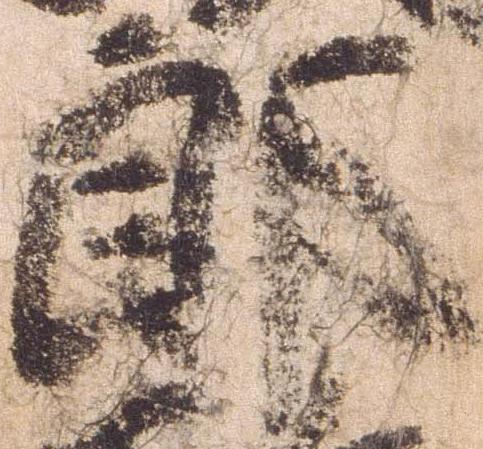
郎